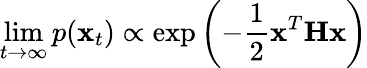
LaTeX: \operatorname*{lim}_{t\rightarrow\infty}p(\mathbf{x}_{t})\propto\exp\left(-\frac{1}{2}\mathbf{x}^{T}\mathbf{H}\mathbf{x}\right)